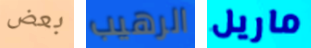
بعض الرهيب ماريل